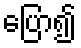
ပြော၍